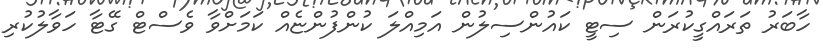
ހާބަރު ތަރައްގީކުރަން ސިޓީ ކައުންސިލުން އަމިއްލަ ކުންފުންޏެއް ކަމަށްވާ ވެސްޓް ގޭޓާ ހަވާލުކުރި